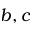
b , c